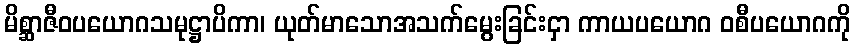
မိစ္ဆာဇီဝပယောဂသမုဋ္ဌာပိကာ၊ ယုတ်မာသောအသက်မွေးခြင်းငှာ ကာယပယောဂ ဝစီပယောဂကို